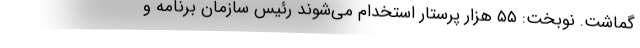
گماشت. نوبخت: ۵۵ هزار پرستار استخدام می‌شوند رئیس سازمان برنامه و